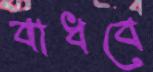
বাধবে